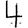
Digit: 4